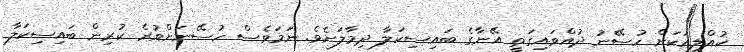
ކުއްލިއަކަށް ހުސޭނު ދުއްވައިގަތީ އޭނާގެ ބައިސިކަލާ ދިމާލަށެވެ. ނަމަވެސް ހުސޭނަށްވުރެ ކުރިން ބައިސިކަލާ